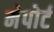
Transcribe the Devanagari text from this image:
मेपोर्ट